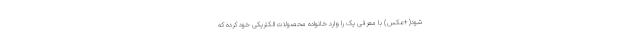
شود(+عکس) با معرفی یک را وارد خانواده محصولات الکتریکی خود کرده که